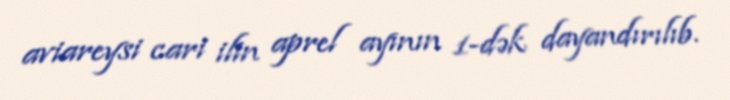
aviareysi cari ilin aprel ayının 1-dək dayandırılıb.